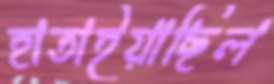
হাতাইয়াছিল